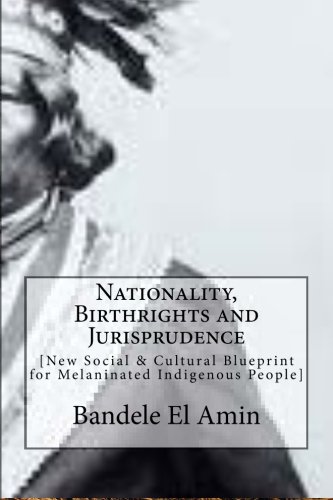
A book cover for Nationality, Birthrights and Jurisprudence: New Social & Cultural Blueprint for Melaninated Indigenous People; Bandele El Amin; Reference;